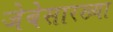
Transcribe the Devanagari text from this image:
जेबेसारख्या